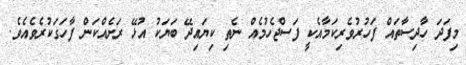
މިފަދަ ހާދިސާތައް ފަހުރުވެރިކަމާއެކީ ފަސްޖެހުމެއް ނެތި ކިޔައިދޭ ބަޔަކު އުޅޭ ރަށެއްކަން ފާހަގަކުރެވެއެވެ.